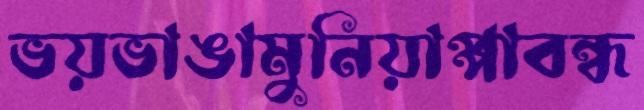
ভয়ভাঙামুনিয়াপ্পাবন্ধ